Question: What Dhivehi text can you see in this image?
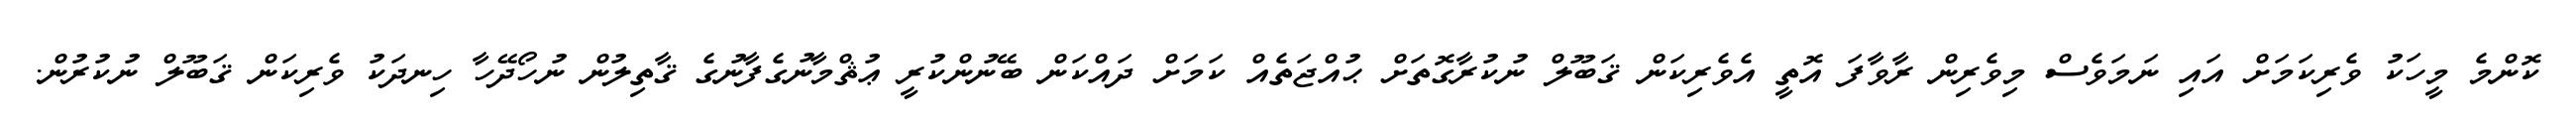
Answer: ކޮންމެ މީހަކު ވެރިކަމަށް އައި ނަމަވެސް މިވެރިން ރާވާފަ އޮތީ އެވެރިކަން ޤަބޫލް ނުކުރާގޮތަށް ޙުއްޖަތެއް ކަމަށް ދައްކަން ބޭނުންކުރީ ޢުޘްމާނުގެފާނުގެ ޤާތިލުން ނުހޯދޭހާ ހިނދަކު ވެރިކަން ޤަބޫލް ނުކުރުން.